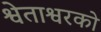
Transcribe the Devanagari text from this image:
श्वेताश्वरको